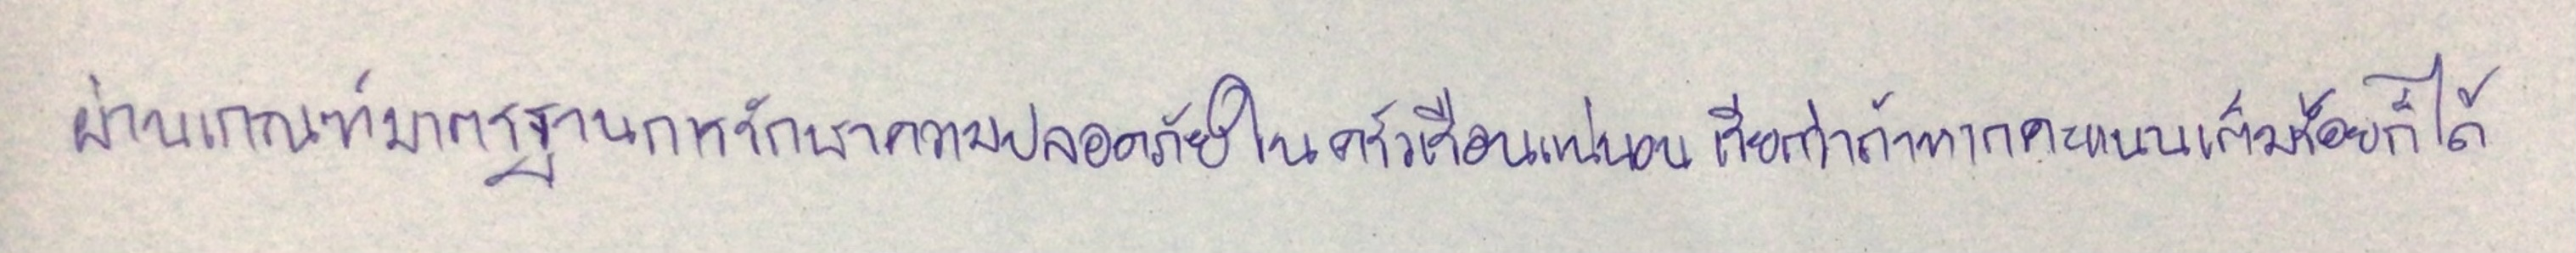
ผ่านเกณฑ์มาตรฐานการรักษาความปลอดภัยในครัวเรือนแน่นอนเรียกว่าถ้าหากคะแนนเต็มร้อยก็ได้